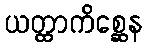
ယတ္ထာကိစ္ဆေန